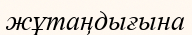
жұтаңдығына